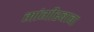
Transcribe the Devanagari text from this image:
मांगीरबाबा